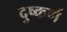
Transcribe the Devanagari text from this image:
दुष्कर्ण